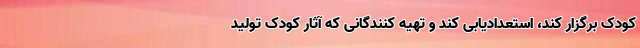
کودک برگزار کند، استعدادیابی کند و تهیه کنندگانی که آثار کودک تولید